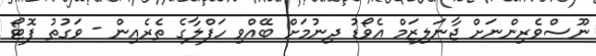
ނޫސްވެރިންނަށް ޖާނަލިޒަމް އެވޯޑު ދިނުމަށް ބޭއްވި ހަފްލާގެ ތެރެއިން - ވަގުތު ފޮޓޯ